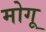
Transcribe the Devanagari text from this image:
मोगू